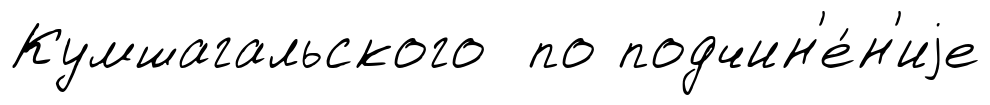
Кумшагальского по подчин'е́н'иjе